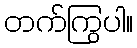
တက်ကြွပါ။